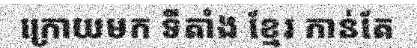
ក្រោយមក ទីតាំង ខ្មែរ កាន់តែ